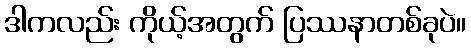
ဒါကလည်း ကိုယ့်အတွက် ပြဿနာတစ်ခုပဲ။